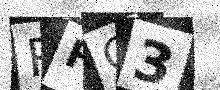
Text: RFC3